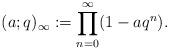
LaTeX: \begin{align*}(a;q)_{\infty} &:=\prod_{n=0}^{\infty}(1-aq^{n}).\end{align*}